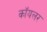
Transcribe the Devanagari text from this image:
कॉयलर